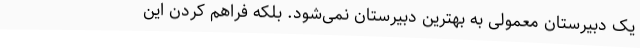
یک دبیرستان معمولی به بهترین دبیرستان نمی‌شود. بلکه فراهم کردن این